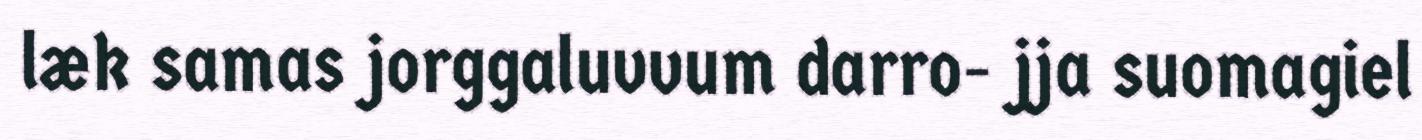
læk samas jorggaluvvum darro- jja suomagiel